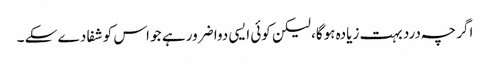
اگر چہ درد بہت زیادہ ہوگا، لیکن کوئی ایسی دوا ضرور ہے جو اس کو شفا دے سکے ۔